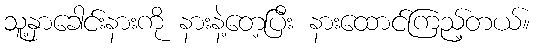
သူ့နှာခေါင်းနားကို နားနဲ့တေ့ပြီး နားထောင်ကြည့်တယ်။